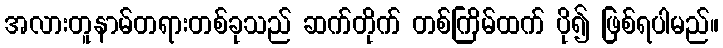
အလားတူနာမ်တရားတစ်ခုသည် ဆက်တိုက် တစ်ကြိမ်ထက် ပို၍ ဖြစ်ရပါမည်။